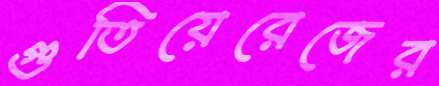
গুতিয়েরেজের